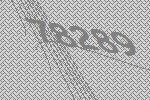
78289